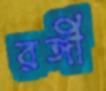
রঙ্গী